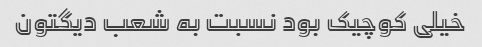
خیلی کوچیک بود نسبت به شعب دیگتون